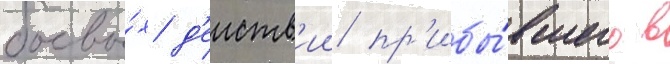
боевы́х д'еиств'ии пр'ибы́вшего в